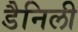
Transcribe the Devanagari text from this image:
डैनिली